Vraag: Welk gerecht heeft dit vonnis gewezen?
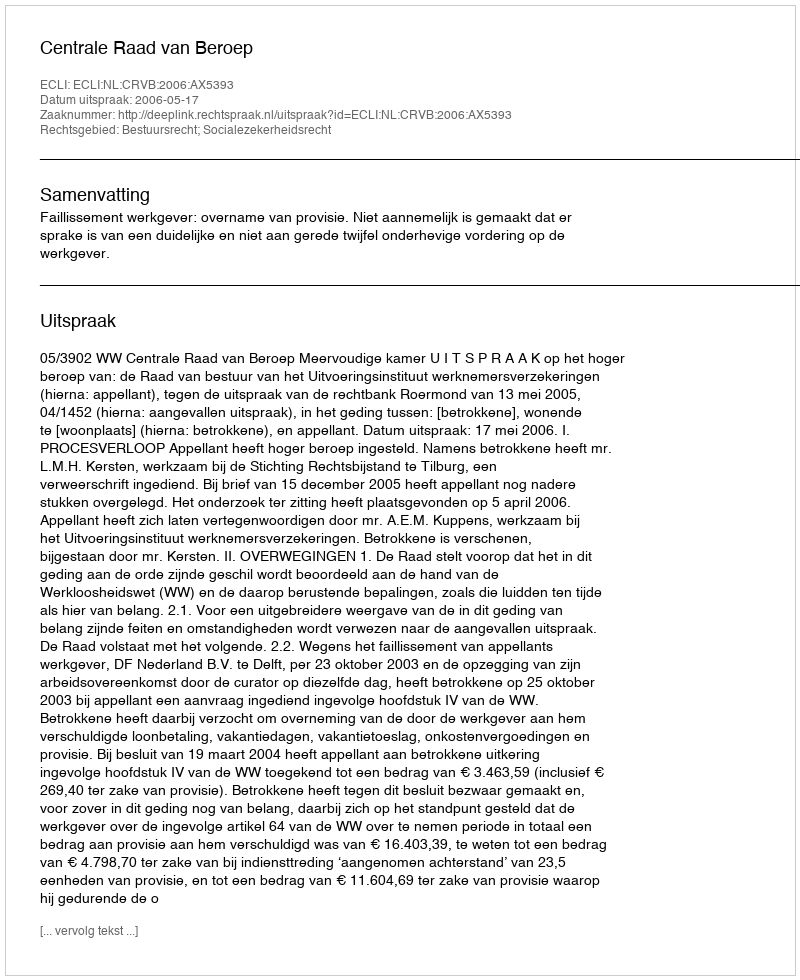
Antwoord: Centrale Raad van Beroep